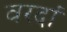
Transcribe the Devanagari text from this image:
वरदां